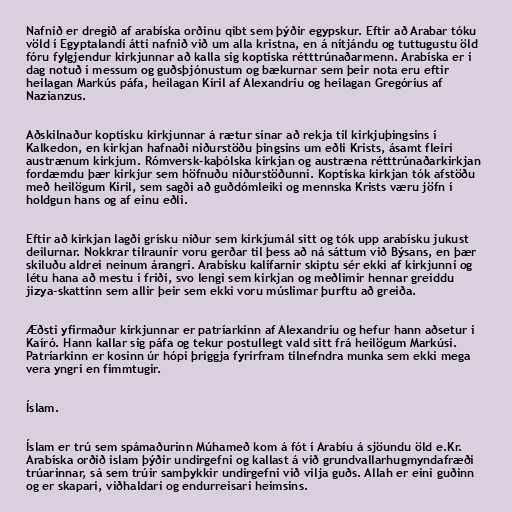
Nafnið er dregið af arabíska orðinu qibt sem þýðir egypskur. Eftir að Arabar tóku
völd í Egyptalandi átti nafnið við um alla kristna, en á nítjándu og tuttugustu öld
fóru fylgjendur kirkjunnar að kalla sig koptíska rétttrúnaðarmenn. Arabíska er í
dag notuð í messum og guðsþjónustum og bækurnar sem þeir nota eru eftir
heilagan Markús páfa, heilagan Kiril af Alexandríu og heilagan Gregóríus af
Nazianzus.

Aðskilnaður koptísku kirkjunnar á rætur sínar að rekja til kirkjuþingsins í
Kalkedon, en kirkjan hafnaði niðurstöðu þingsins um eðli Krists, ásamt fleiri
austrænum kirkjum. Rómversk-kaþólska kirkjan og austræna rétttrúnaðarkirkjan
fordæmdu þær kirkjur sem höfnuðu niðurstöðunni. Koptíska kirkjan tók afstöðu
með heilögum Kiril, sem sagði að guðdómleiki og mennska Krists væru jöfn í
holdgun hans og af einu eðli.

Eftir að kirkjan lagði grísku niður sem kirkjumál sitt og tók upp arabísku jukust
deilurnar. Nokkrar tilraunir voru gerðar til þess að ná sáttum við Býsans, en þær
skiluðu aldrei neinum árangri. Arabísku kalífarnir skiptu sér ekki af kirkjunni og
létu hana að mestu í friði, svo lengi sem kirkjan og meðlimir hennar greiddu
jizya-skattinn sem allir þeir sem ekki voru múslimar þurftu að greiða.

Æðsti yfirmaður kirkjunnar er patríarkinn af Alexandríu og hefur hann aðsetur í
Kaíró. Hann kallar sig páfa og tekur postullegt vald sitt frá heilögum Markúsi.
Patríarkinn er kosinn úr hópi þriggja fyrirfram tilnefndra munka sem ekki mega
vera yngri en fimmtugir.

Íslam.

Íslam er trú sem spámaðurinn Múhameð kom á fót í Arabíu á sjöundu öld e.Kr.
Arabíska orðið islam þýðir undirgefni og kallast á við grundvallarhugmyndafræði
trúarinnar, sá sem trúir samþykkir undirgefni við vilja guðs. Allah er eini guðinn
og er skapari, viðhaldari og endurreisari heimsins.